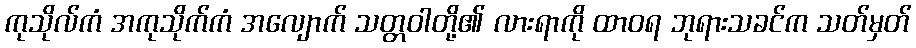
ကုသိုလ်ကံ အကုသိုက်ကံ အလျောက် သတ္တဝါတို့၏ လားရာကို ထာဝရ ဘုရားသခင်က သတ်မှတ်